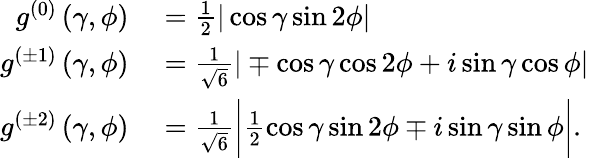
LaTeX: \begin{array}{rl}{g^{(0)}\left(\gamma,\phi\right)}&{{}=\frac{1}{2}|\cos\gamma\sin 2\phi|}\\ {g^{(\pm 1)}\left(\gamma,\phi\right)}&{{}=\frac{1}{\sqrt{6}}|\mp\cos\gamma\cos 2\phi+i\sin\gamma\cos\phi|}\\ {g^{(\pm 2)}\left(\gamma,\phi\right)}&{{}=\frac{1}{\sqrt{6}}\bigg|\frac{1}{2}\cos\gamma\sin 2\phi\mp i\sin\gamma\sin\phi\bigg|.}\end{array}